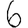
Digit: 6